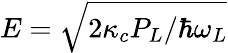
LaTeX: E=\sqrt{2\kappa_{c}P_{L}/\hbar\omega_{L}}